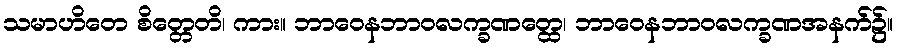
သမာဟိတေ စိတ္တေတိ၊ ကား။ ဘာဝေနဘာဝလက္ခဏတ္ထေ၊ ဘာဝေနဘာဝလက္ခဏအနက်၌။